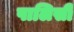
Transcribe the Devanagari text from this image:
पालिसीं